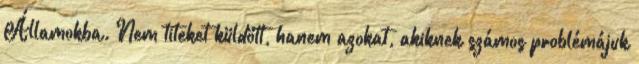
Államokba. Nem titeket küldött, hanem azokat, akiknek számos problémájuk